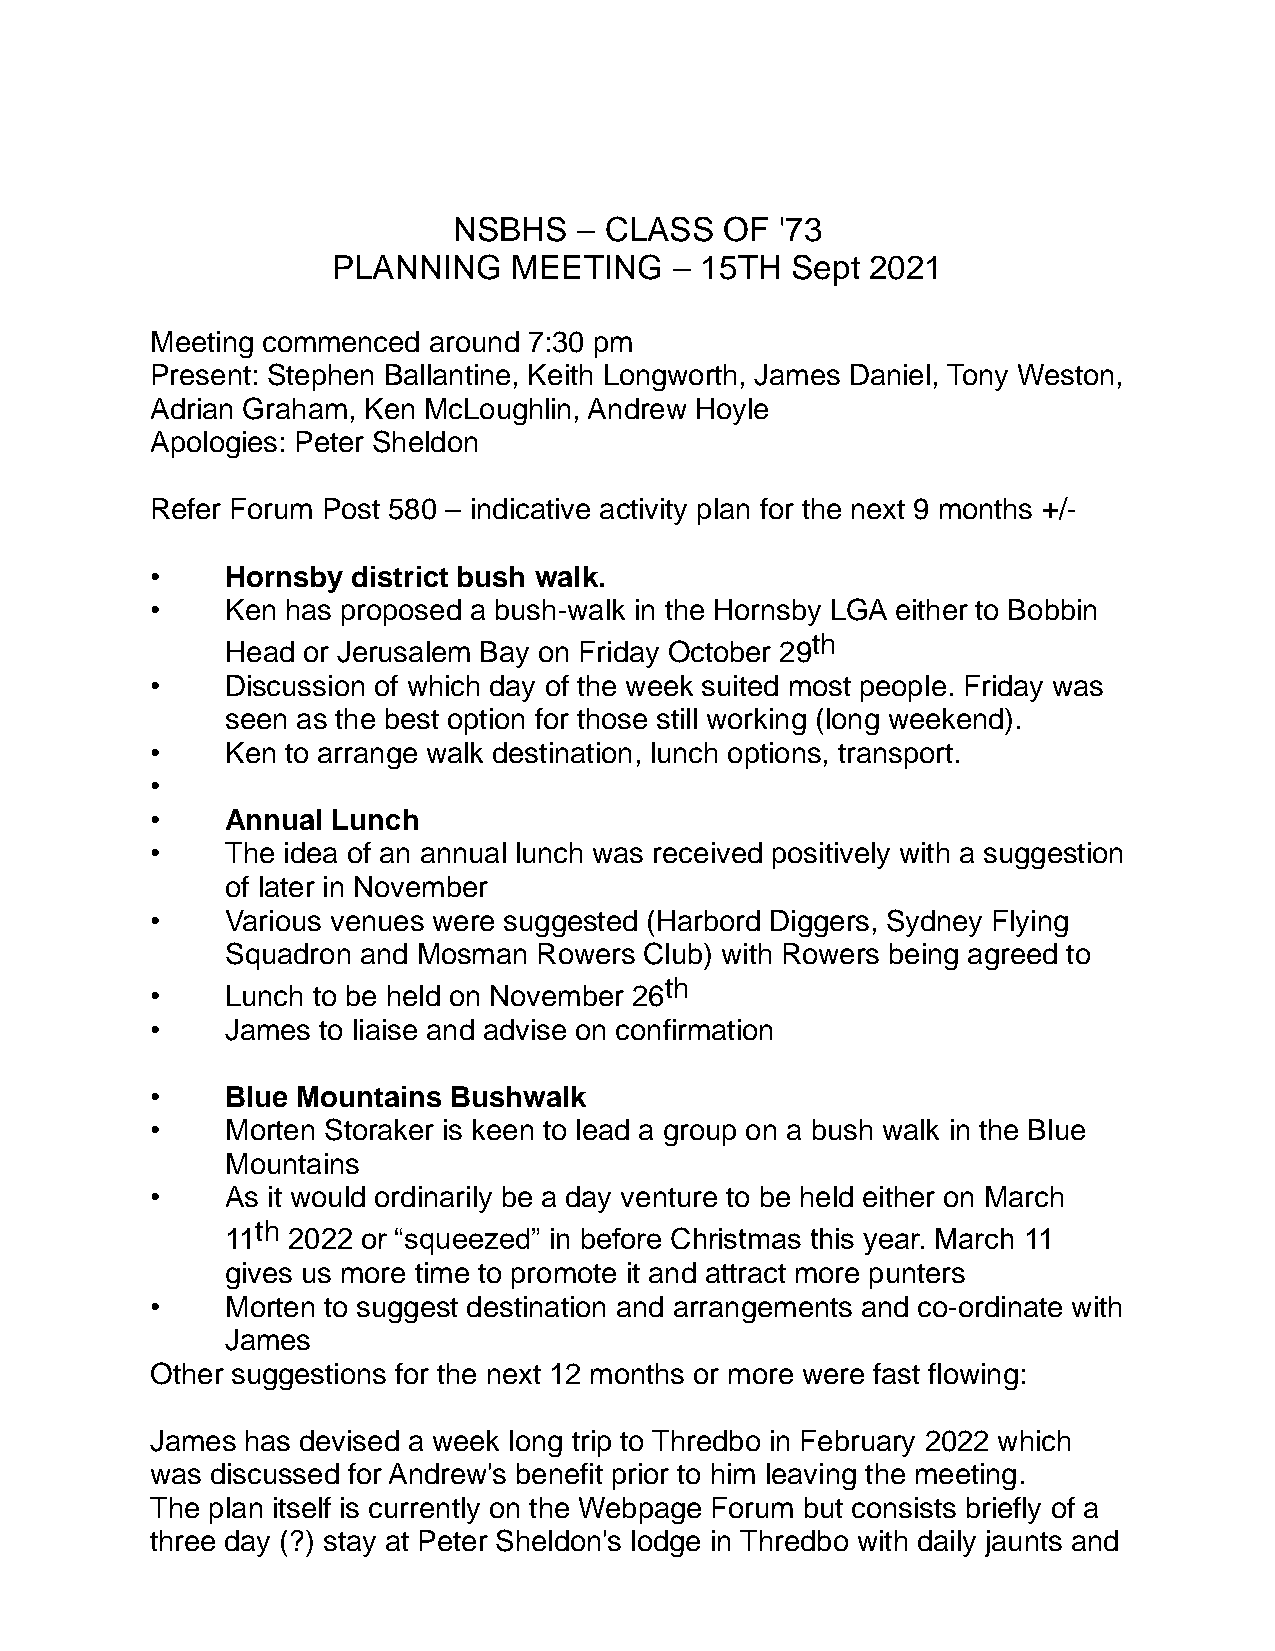
NSBHS   – CLASS   OF  '73
 PLANNING    MEETING    – 15TH Sept  2021
 Meeting commenced around 7:30 pm
 Present: Stephen Ballantine, Keith Longworth, James Daniel, Tony Weston,
 Adrian Graham, Ken McLoughlin, Andrew Hoyle
 Apologies: Peter Sheldon
 Refer Forum Post 580 – indicative activity plan for the next 9 months +/-
 •    Hornsby district bush walk.
 •    Ken has proposed a bush-walk in the Hornsby LGA either to Bobbin
 th
 Head or Jerusalem Bay on Friday October 29
 •    Discussion of which day of the week suited most people. Friday was
 seen as the best option for those still working (long weekend).
 •    Ken to arrange walk destination, lunch options, transport.
 •
 •    Annual Lunch
 •    The idea of an annual lunch was received positively with a suggestion
 of later in November
 •    Various venues were suggested (Harbord Diggers, Sydney Flying
 Squadron and Mosman  Rowers Club) with Rowers being agreed to
 th
 •    Lunch to be held on November 26
 •    James to liaise and advise on confirmation
 •    Blue Mountains Bushwalk
 •    Morten Storaker is keen to lead a group on a bush walk in the Blue
 Mountains
 •    As it would ordinarily be a day venture to be held either on March
 th
 11  2022 or “squeezed” in before Christmas this year. March 11
 gives us more time to promote it and attract more punters
 •    Morten to suggest destination and arrangements and co-ordinate with
 James
 Other suggestions for the next 12 months or more were fast flowing:
 James has devised a week long trip to Thredbo in February 2022 which
 was discussed for Andrew's benefit prior to him leaving the meeting.
 The plan itself is currently on the Webpage Forum but consists briefly of a
 three day (?) stay at Peter Sheldon's lodge in Thredbo with daily jaunts and